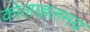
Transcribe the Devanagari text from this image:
कोलाहलमय